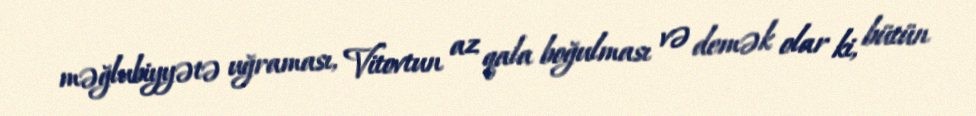
məğlubiyyətə uğraması, Vitovtun az qala boğulması və demək olar ki, bütün